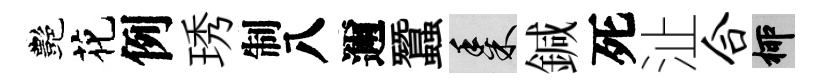
艷花例琇制八邇蠶黍鍼死沚合柳